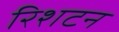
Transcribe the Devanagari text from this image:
रिशटन